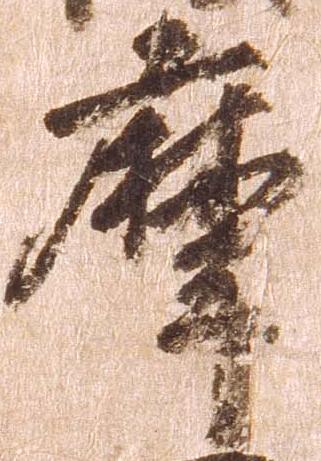
摩